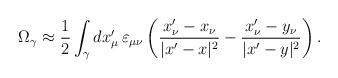
LaTeX: \begin{align*}\Omega_\gamma\approx\frac{1}{2}\int_\gamma dx'_\mu\, \varepsilon_{\mu \nu}\left(\frac{x'_\nu-x_\nu}{|x'-x|^2} -\frac{x'_\nu-y_\nu}{|x'-y|^2} \right).\end{align*}